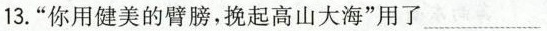
13.”你用健美的臂膀，挽起高山大海”用了的___